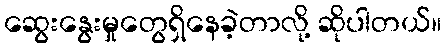
ဆွေးနွေးမှုတွေရှိနေခဲ့တာလို့ ဆိုပါတယ်။